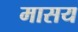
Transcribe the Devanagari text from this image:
मासय